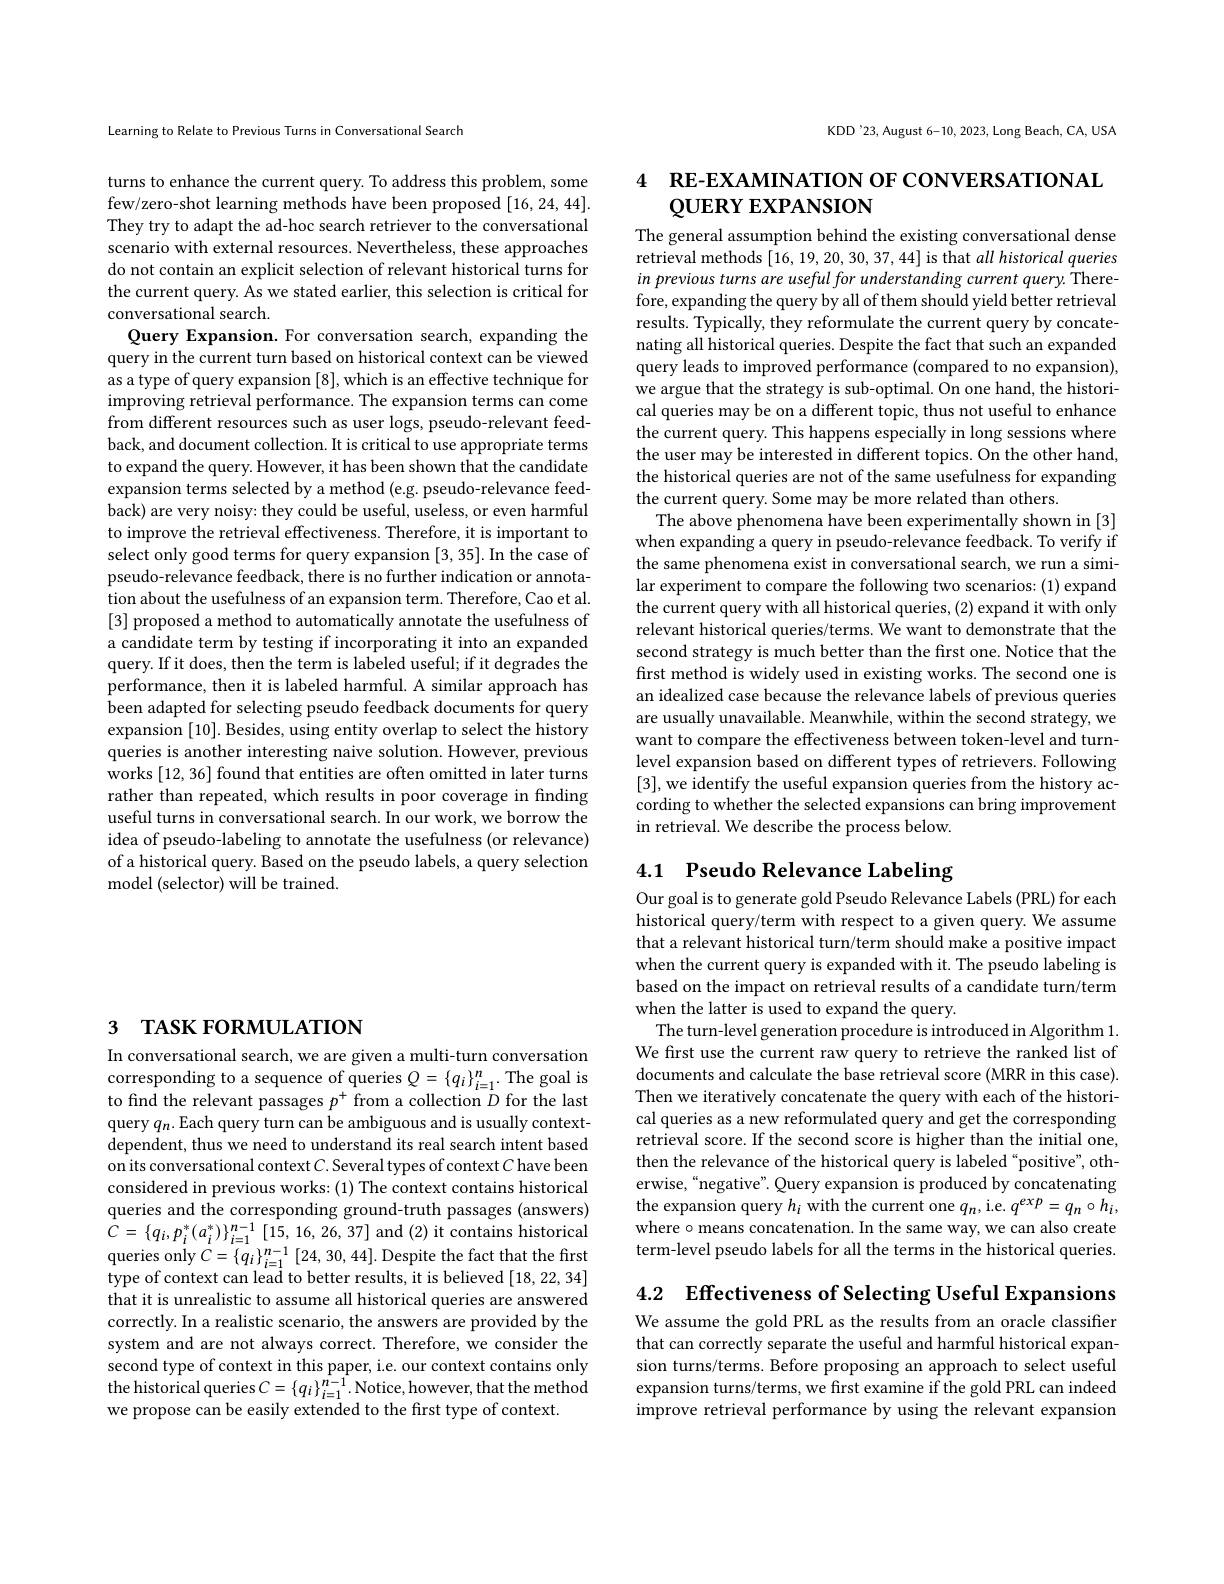
# 3 TASK FORMULATION

In conversational search, we are given a multi-turn conversation corresponding to a sequence of queries $Q=\{q_{i}\}_{i=1}^{n}.$ The goal is to find the relevant passages $p^+$ from a collection $D$ for the last query $q_n.$ Each query turn can be ambiguous and is usually contextdependent, thus we need to understand its real search intent based on its conversational context $C.$ Several types of context $C$ have been considered in previous works: (1) The context contains historical queries and the corresponding ground-truth passages (answers) $\bar{C}=\{q_{i},p_{i}^{*}(a_{i}^{*})\}_{i=1}^{n-1}\left[15,16,26,37\right]$and(2)it contains historical queries only $C= \{ q_{i}\} _{i= 1}^{n- 1}\left [ 24, 30, 44\right ] .$Despite the fact that the first type of context can lead to better results, it is believed [18,22,34] that it is unrealistic to assume all historical queries are answered correctly. In a realistic scenario, the answers are provided by the system and are not always correct. Therefore, we consider the second type of context in this paper, i.e. our context contains only the historical queries$C= \left \{ q_{i}\right \} _{i= 1}^{n- 1}.$Notice, however, that the method we propose can be easily extended to the frst type of context.

Learning to Relate to Previous Turns in Conversational Search

turns to enhance the current query. To address this problem, some few/zero-shot learning methods have been proposed [16,24,44]. They try to adapt the ad-hoc search retriever to the conversational scenario with external resources. Nevertheless, these approaches do not contain an explicit selection of relevant historical turns for the current query. As we stated earlier, this selection is critical for conversational search.
Query Expansion. For conversation search, expanding the query in the current turn based on historical context can be viewed as a type of query expansion [8], which is an effective technique for improving retrieval performance. The expansion terms can come from different resources such as user logs, pseudo-relevant feedback, and document collection. It is critical to use appropriate terms to expand the query. However, it has been shown that the candidate expansion terms selected by a method (e.g. pseudo-relevance feedback) are very noisy: they could be useful, useless, or even harmful to improve the retrieval effectiveness. Therefore, it is important to select only good terms for query expansion [3,35]. In the case of pseudo-relevance feedback, there is no further indication or annotation about the usefulness of an expansion term. Therefore, Cao et al. [3] proposed a method to automatically annotate the usefulness of a candidate term by testing if incorporating it into an expanded query.If it does, then the term is labeled useful; if it degrades the performance, then it is labeled harmful. A similar approach has been adapted for selecting pseudo feedback documents for query expansion [10]. Besides, using entity overlap to select the history queries is another interesting naive solution. However, previous works [12, 36] found that entities are often omitted in later turns rather than repeated, which results in poor coverage in finding useful turns in conversational search. In our work, we borrow the idea of pseudo-labeling to annotate the usefulness (or relevance) of a historical query. Based on the pseudo labels, a query selection model (selector) will be trained.

KDD'23, August 6-10, 2023, Long Beach, CA, USA

## 4 RE-EXAMINATION OFCONVERSATIONAI QUERY EXPANSION

The general assumption behind the existing conversational dense retrieval methods [16,19,20,30,37,44] is that $all\textit{historical queries}$ in previous turns are useful for understanding current query. Therefore, expanding the query by all of them should yield better retrieval results. Typically, they reformulate the current query by concatenating all historical queries. Despite the fact that such an expanded query leads to improved performance (compared to no expansion), we argue that the strategy is sub-optimal. On one hand, the historical queries may be on a different topic, thus not useful to enhance the current query. This happens especially in long sessions where the user may be interested in different topics. On the other hand, the historical queries are not of the same usefulness for expanding the current query. Some may be more related than others
The above phenomena have been experimentally shown in [3] when expanding a query in pseudo-relevance feedback. To verify if the same phenomena exist in conversational search, we run a similar experiment to compare the following two scenarios: (1) expand the current query with all historical queries, (2) expand it with only relevant historical queries/terms. We want to demonstrate that the second strategy is much better than the first one. Notice that the first method is widely used in existing works. The second one is an idealized case because the relevance labels of previous queries are usually unavailable. Meanwhile, within the second strategy, we want to compare the effectiveness between token-level and turnlevel expansion based on different types of retrievers. Following [3], we identify the useful expansion queries from the history according to whether the selected expansions can bring improvement in retrieval. We describe the process below.

# 4.1 Pseudo Relevance Labeling

Our goal is to generate gold Pseudo Relevance Labels (PRL) for each historical query/term with respect to a given query. We assume that a relevant historical turn/term should make a positive impact when the current query is expanded with it. The pseudo labeling is based on the impact on retrieval results of a candidate turn/term when the latter is used to expand the query.
The turn-level generation procedure is introduced in Algorithm 1. We frst use the current raw query to retrieve the ranked list of documents and calculate the base retrieval score (MRR in this case). Then we iteratively concatenate the query with each of the historical queries as a new reformulated query and get the corresponding retrieval score. If the second score is higher than the initial one, then the relevance of the historical query is labeled "positive", otherwise,“negative”. Query expansion is produced by concatenating the expansion query $h_i$ with the current one $q_n$, i.e. $q^exp=q_n\circ h_i$, where o means concatenation. In the same way, we can also create term-level pseudo labels for all the terms in the historical queries.

4.2 $\textbf{Effectiveness of Selecting Useful Expansions}$

We assume the gold PRL as the results from an oracle classifier that can correctly separate the useful and harmful historical expansion turns/terms. Before proposing an approach to select useful expansion turns/terms, we frst examine if the gold PRL can indeed improve retrieval performance by using the relevant expansion